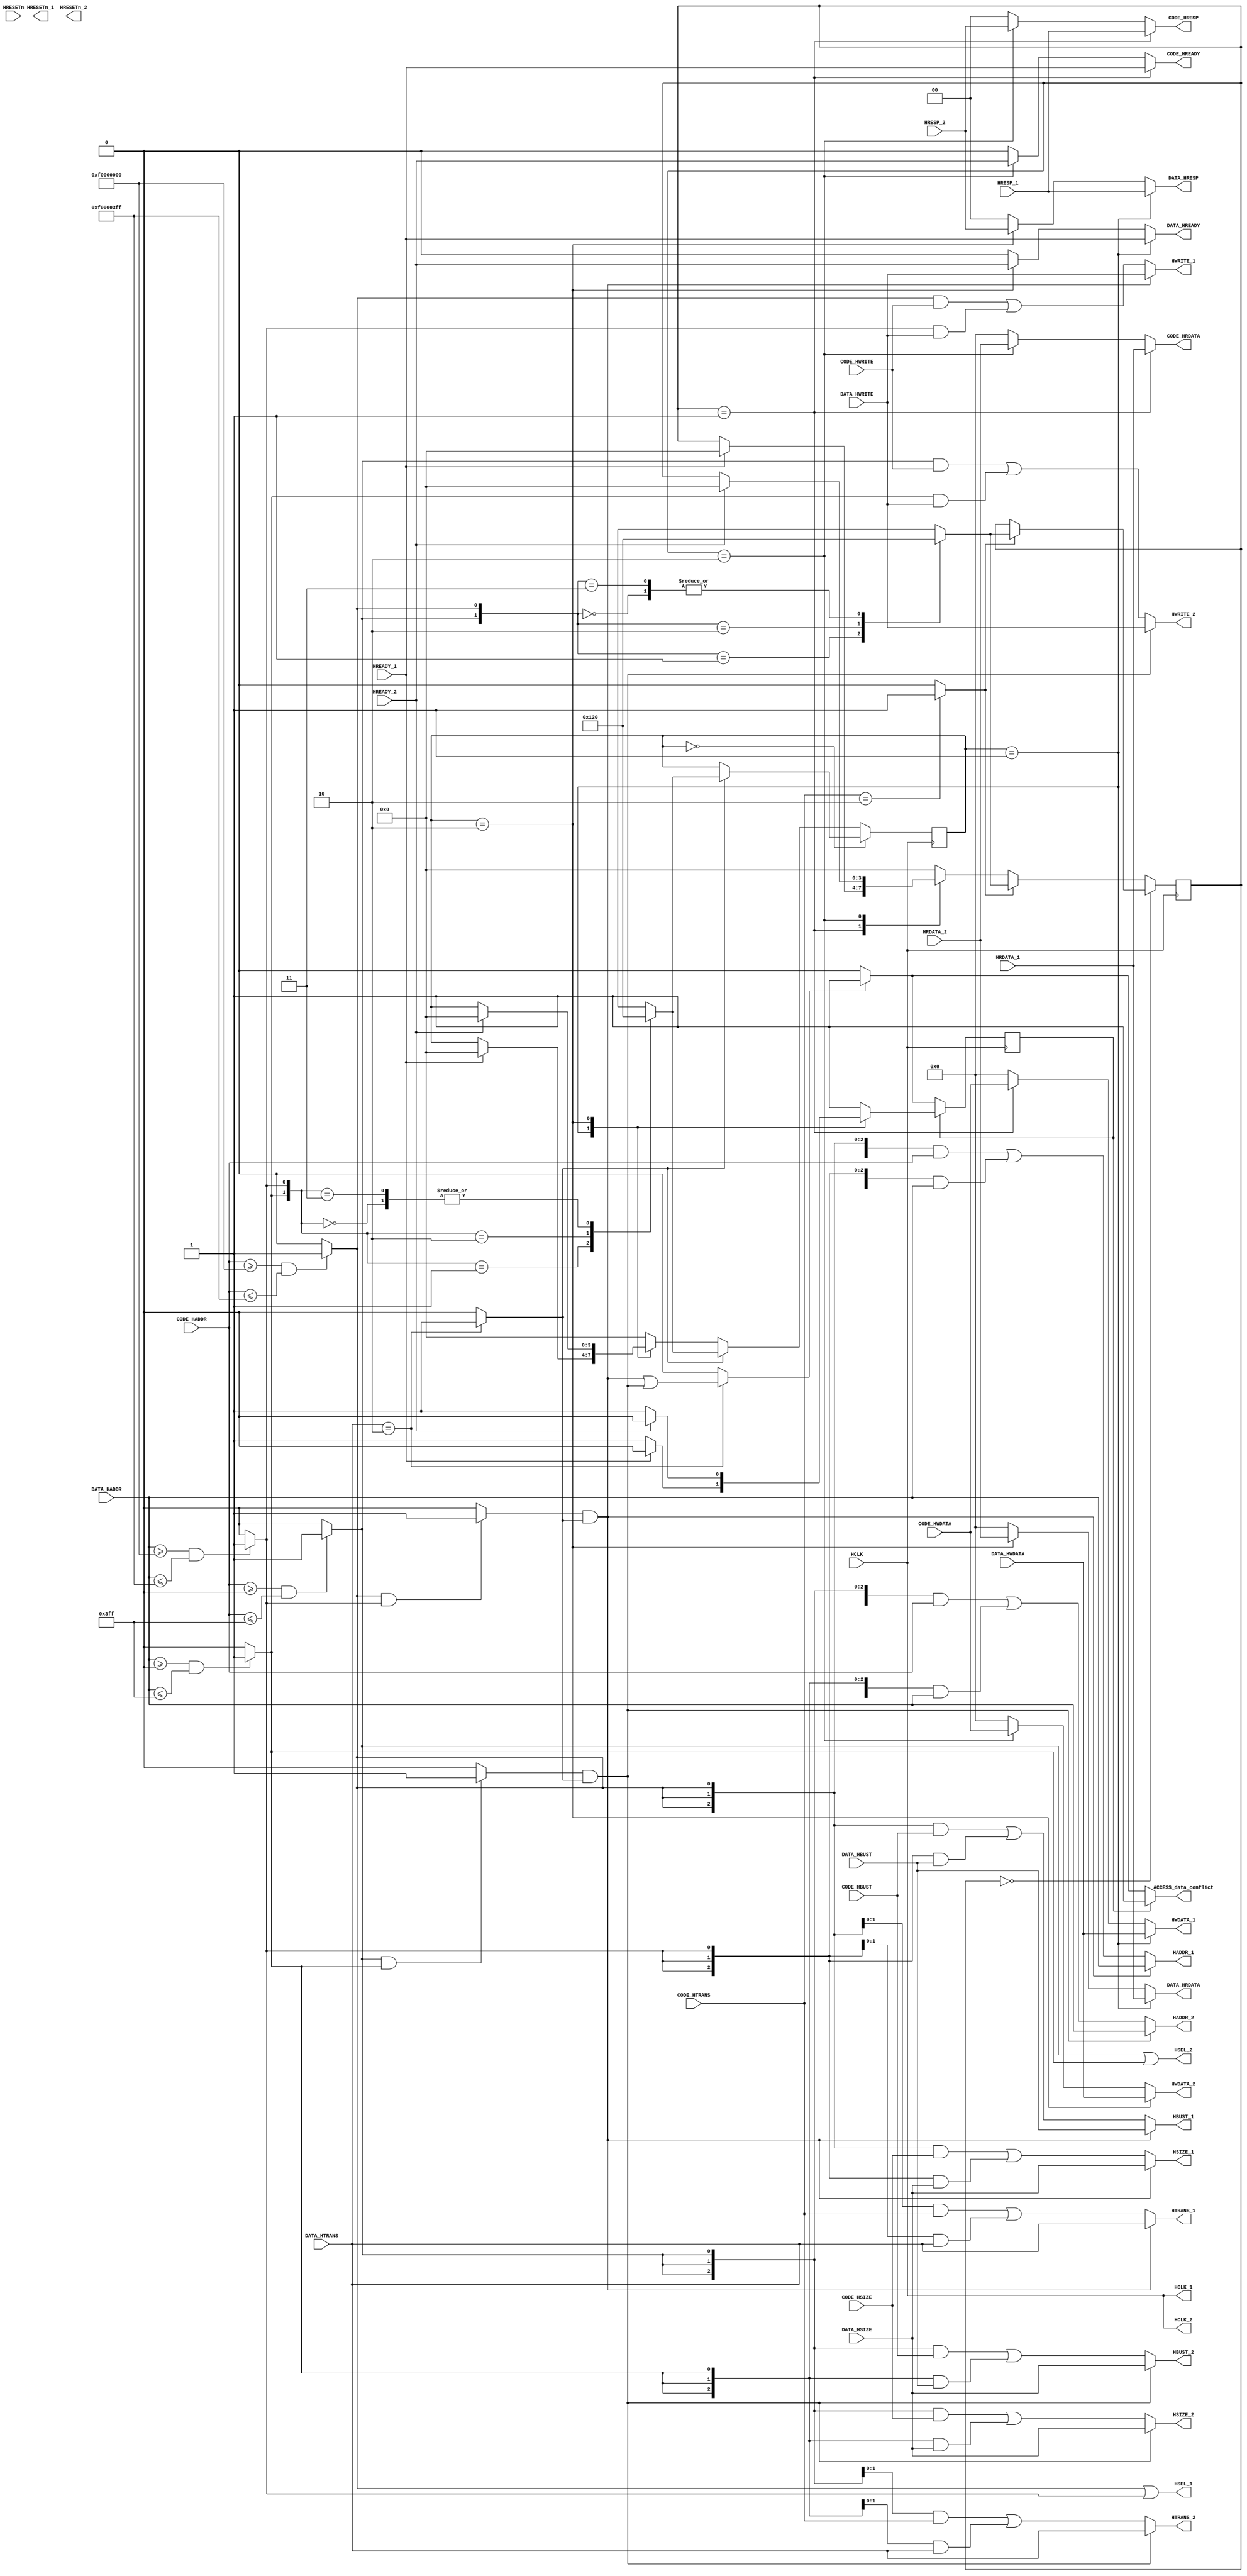
`define AHB_RAM_START 	32'hf0000000
`define AHB_RAM_SIZE		32'h00000400

`define AHB_ROM_START	32'h00000000
`define AHB_ROM_SIZE		32'h00000400



module AHB_ARB(

input HCLK,
input HRESETn,

input [31:0]DATA_HADDR,  //
input [1:0]DATA_HTRANS,  //
input [31:0]DATA_HWDATA, //
output [31:0]DATA_HRDATA,  //
input DATA_HWRITE,       //,
input [2:0]DATA_HSIZE,   //,3'b000 Byte,3'b001 HalfWord,3'b010 Word
input [2:0]DATA_HBUST,   //bust3'b000
output [1:0]DATA_HRESP,    //
output DATA_HREADY,        //


input [31:0]CODE_HADDR,  //
input [1:0]CODE_HTRANS,  //
input [31:0]CODE_HWDATA, //
output [31:0]CODE_HRDATA,  //
input CODE_HWRITE,       //,
input [2:0]CODE_HSIZE,   //,3'b000 Byte,3'b001 HalfWord,3'b010 Word
input [2:0]CODE_HBUST,   //bust3'b000
output [1:0]CODE_HRESP,    //
output CODE_HREADY,        //

output reg ACCESS_data_conflict,

//slave
	output HCLK_1,
	output HRESETn_1,
	output HSEL_1,
	output [31:0]HADDR_1,  //
	output [1:0]HTRANS_1,  //
	output [31:0]HWDATA_1, //
	input [31:0]HRDATA_1,  //
	output HWRITE_1,       //,
	output [2:0]HSIZE_1,   //,3'b000 Byte,3'b001 HalfWord,3'b010 Word
	output [2:0]HBUST_1,   //bust3'b000
	input [1:0]HRESP_1,    //
	input HREADY_1,        //

	output HCLK_2,
	output HRESETn_2,
	output HSEL_2,
	output [31:0]HADDR_2,  //
	output [1:0]HTRANS_2,  //
	output [31:0]HWDATA_2, //
	input [31:0]HRDATA_2,  //
	output HWRITE_2,       //,
	output [2:0]HSIZE_2,   //,3'b000 Byte,3'b001 HalfWord,3'b010 Word
	output [2:0]HBUST_2,   //bust3'b000
	input [1:0]HRESP_2,    //
	input HREADY_2        //
);

//
localparam DEVICE_1_START = `AHB_RAM_START;
localparam DEVICE_1_END = `AHB_RAM_START+`AHB_RAM_SIZE-1;

localparam DEVICE_2_START = `AHB_ROM_START;
localparam DEVICE_2_END = `AHB_ROM_START+`AHB_ROM_SIZE-1;

//
wire CODE_ACCESS_DEVICE_1;
wire CODE_ACCESS_DEVICE_2;

wire DATA_ACCESS_DEVICE_1;
wire DATA_ACCESS_DEVICE_2;

assign CODE_ACCESS_DEVICE_1 = ((CODE_HADDR >= DEVICE_1_START)&&(CODE_HADDR <= DEVICE_1_END))?1'b1:1'b0;
assign CODE_ACCESS_DEVICE_2 = ((CODE_HADDR >= DEVICE_2_START)&&(CODE_HADDR <= DEVICE_2_END))?1'b1:1'b0;

assign DATA_ACCESS_DEVICE_1 = ((DATA_HADDR >= DEVICE_1_START)&&(DATA_HADDR <= DEVICE_1_END))?1'b1:1'b0;
assign DATA_ACCESS_DEVICE_2 = ((DATA_HADDR >= DEVICE_2_START)&&(DATA_HADDR <= DEVICE_2_END))?1'b1:1'b0;

assign HCLK_1 = HCLK;
assign HCLK_2 = HCLK;
//assign HRESETn_1 = HRESETn;
//assign HRESETn_2 = HRESETn;

assign HSEL_1 = 	CODE_ACCESS_DEVICE_1|DATA_ACCESS_DEVICE_1;
assign HSEL_2 = 	CODE_ACCESS_DEVICE_2|DATA_ACCESS_DEVICE_2;

//
wire DATA_FIRST_DEVICE_1;
wire DATA_FIRST_DEVICE_2;

wire CODE_ACCESS;
wire DATA_ACCESS;

wire data_conflict;
reg data_conflict_buf;

//
reg [3:0]DATA_ACCESS_DEVICE_buf;
reg [3:0]CODE_ACCESS_DEVICE_buf;


assign DATA_FIRST_DEVICE_1 = (((CODE_ACCESS_DEVICE_1 == 1'b1)&&(DATA_ACCESS_DEVICE_1 == 1'b1))?1'b1:1'b0)&DATA_ACCESS;
assign DATA_FIRST_DEVICE_2 = (((CODE_ACCESS_DEVICE_2 == 1'b1)&&(DATA_ACCESS_DEVICE_2 == 1'b1))?1'b1:1'b0)&DATA_ACCESS;
assign data_conflict = (DATA_HTRANS == 2'b10)?(DATA_FIRST_DEVICE_1|DATA_FIRST_DEVICE_2):1'b0;


//

assign CODE_ACCESS = (CODE_HTRANS == 2'b10)?1'b1:1'b0;
assign DATA_ACCESS = (DATA_HTRANS == 2'b10)?1'b1:1'b0;


//always@(*)begin
//if(data_conflict_buf == 1'b1)begin
//	case(DATA_ACCESS_DEVICE_buf)
//		4'd0:ACCESS_data_conflict = 4'd1;
//		4'd1: if(HREADY_1 == 1'b1) ACCESS_data_conflict = 4'd0;
//		4'd2: if(HREADY_2 == 1'b1) ACCESS_data_conflict = 4'd0;
//		4'd3:ACCESS_data_conflict = 4'd1;
//		default:ACCESS_data_conflict = 4'd1;
//	endcase
//end
//else begin
//	if(data_conflict == 1'b1)begin
//		ACCESS_data_conflict = 1'b1;
//	end
//	else begin
//		ACCESS_data_conflict = 1'b0;
//	end
//end
//end

always@(*)begin
if(data_conflict_buf == 1'b1)begin
	ACCESS_data_conflict = data_conflict_buf;
end
else begin
	if(data_conflict == 1'b1)begin
		ACCESS_data_conflict = 1'b1;
	end
	else begin
		ACCESS_data_conflict = 1'b0;
	end
end
end

always@(posedge HCLK)begin
if(data_conflict_buf == 1'b1)begin
	case(DATA_ACCESS_DEVICE_buf)
		4'd0:data_conflict_buf <= 4'd1;
		4'd1: if(HREADY_1 == 1'b1) data_conflict_buf <= 4'd0;
		4'd2: if(HREADY_2 == 1'b1) data_conflict_buf <= 4'd0;
		4'd3:data_conflict_buf <= 4'd1;
		default:data_conflict_buf <= 4'd1;
	endcase
end
else begin
	if(data_conflict == 1'b1)begin
		data_conflict_buf <= 4'd1;
	end
end
end

wire [1:0]DATA_ACCESS_REQ;
assign DATA_ACCESS_REQ = {DATA_ACCESS_DEVICE_2,DATA_ACCESS_DEVICE_1};

wire [1:0]CODE_ACCESS_REQ;
assign CODE_ACCESS_REQ = {CODE_ACCESS_DEVICE_2,CODE_ACCESS_DEVICE_1};


always@(posedge HCLK)begin
if(DATA_ACCESS_DEVICE_buf == 4'd0)begin
	if(DATA_ACCESS == 1'b1)begin
		case(DATA_ACCESS_REQ)
			2'b00:DATA_ACCESS_DEVICE_buf <= 4'd0;
			2'b01:DATA_ACCESS_DEVICE_buf <= 4'd1;
			2'b10:DATA_ACCESS_DEVICE_buf <= 4'd2;
			2'b11:DATA_ACCESS_DEVICE_buf <= 4'd0;
			default:DATA_ACCESS_DEVICE_buf <= 4'd0;
		endcase
	end
end
else begin
	if(DATA_ACCESS == 1'b1)begin
		case(DATA_ACCESS_REQ)
			2'b00:DATA_ACCESS_DEVICE_buf <= 4'd0;
			2'b01:DATA_ACCESS_DEVICE_buf <= 4'd1;
			2'b10:DATA_ACCESS_DEVICE_buf <= 4'd2;
			2'b11:DATA_ACCESS_DEVICE_buf <= 4'd0;
			default:DATA_ACCESS_DEVICE_buf <= 4'd0;
		endcase
	end 
	else begin
		case(DATA_ACCESS_DEVICE_buf)
			4'd0:DATA_ACCESS_DEVICE_buf <= 4'd0;
			4'd1: if(HREADY_1 == 1'b1) DATA_ACCESS_DEVICE_buf <= 4'd0;
			4'd2: if(HREADY_2 == 1'b1) DATA_ACCESS_DEVICE_buf <= 4'd0;
			4'd3:DATA_ACCESS_DEVICE_buf <= 4'd0;
			default:DATA_ACCESS_DEVICE_buf <= 4'd0;
		endcase
	end
end
end

always@(posedge HCLK)begin
if(CODE_ACCESS_DEVICE_buf == 4'd0)begin
	if(CODE_ACCESS == 1'b1)begin
		case(CODE_ACCESS_REQ)
			2'b00:CODE_ACCESS_DEVICE_buf <= 4'd0;
			2'b01:CODE_ACCESS_DEVICE_buf <= 4'd1;
			2'b10:CODE_ACCESS_DEVICE_buf <= 4'd2;
			2'b11:CODE_ACCESS_DEVICE_buf <= 4'd0;
			default:CODE_ACCESS_DEVICE_buf <= 4'd0;
		endcase
	end
end
else begin
	if(CODE_ACCESS == 1'b1)begin
		case(CODE_ACCESS_REQ)
			2'b00:CODE_ACCESS_DEVICE_buf <= 4'd0;
			2'b01:CODE_ACCESS_DEVICE_buf <= 4'd1;
			2'b10:CODE_ACCESS_DEVICE_buf <= 4'd2;
			2'b11:CODE_ACCESS_DEVICE_buf <= 4'd0;
			default:CODE_ACCESS_DEVICE_buf <= 4'd0;
		endcase
	end 
	else begin
		case(CODE_ACCESS_DEVICE_buf)
			4'd0:CODE_ACCESS_DEVICE_buf <= 4'd0;
			4'd1: if(HREADY_1 == 1'b1) CODE_ACCESS_DEVICE_buf <= 4'd0;
			4'd2: if(HREADY_2 == 1'b1) CODE_ACCESS_DEVICE_buf <= 4'd0;
			4'd3:CODE_ACCESS_DEVICE_buf <= 4'd0;
			default:CODE_ACCESS_DEVICE_buf <= 4'd0;
		endcase
	end
end
end


assign HADDR_1 = (DATA_FIRST_DEVICE_1 == 1'b1)?DATA_HADDR:(
						({32{CODE_ACCESS_DEVICE_1}}&CODE_HADDR)|
						({32{DATA_ACCESS_DEVICE_1}}&DATA_HADDR));
						
assign HADDR_2 = (DATA_FIRST_DEVICE_2 == 1'b1)?DATA_HADDR:(
						({32{CODE_ACCESS_DEVICE_2}}&CODE_HADDR)|
						({32{DATA_ACCESS_DEVICE_2}}&DATA_HADDR));

assign HTRANS_1 = (DATA_FIRST_DEVICE_1 == 1'b1)?DATA_HTRANS:(
						({2{CODE_ACCESS_DEVICE_1}}&CODE_HTRANS)|
						({2{DATA_ACCESS_DEVICE_1}}&DATA_HTRANS));	
						
assign HTRANS_2 = (DATA_FIRST_DEVICE_2 == 1'b1)?DATA_HTRANS:(
						({2{CODE_ACCESS_DEVICE_2}}&CODE_HTRANS)|
						({2{DATA_ACCESS_DEVICE_2}}&DATA_HTRANS));
	

assign HWDATA_1 = (DATA_ACCESS_DEVICE_buf == 4'd1)?DATA_HWDATA:
						(CODE_ACCESS_DEVICE_buf == 4'd1)?CODE_HWDATA:
						32'h00000000;
assign HWDATA_2 = (DATA_ACCESS_DEVICE_buf == 4'd2)?DATA_HWDATA:
						(CODE_ACCESS_DEVICE_buf == 4'd2)?CODE_HWDATA:
						32'h00000000;
	
assign DATA_HRDATA = (DATA_ACCESS_DEVICE_buf == 4'd1)?HRDATA_1:
							(DATA_ACCESS_DEVICE_buf == 4'd2)?HRDATA_2:
							32'h00000000;
							
assign CODE_HRDATA = (CODE_ACCESS_DEVICE_buf == 4'd1)?HRDATA_1:
							(CODE_ACCESS_DEVICE_buf == 4'd2)?HRDATA_2:
							32'h00000000;
assign HWRITE_1 = (DATA_FIRST_DEVICE_1 == 1'b1)?DATA_HWRITE:(
						(CODE_ACCESS_DEVICE_1&CODE_HWRITE)|
						(DATA_ACCESS_DEVICE_1&DATA_HWRITE));
assign HWRITE_2 = (DATA_FIRST_DEVICE_2 == 1'b1)?DATA_HWRITE:(
						(CODE_ACCESS_DEVICE_2&CODE_HWRITE)|
						(DATA_ACCESS_DEVICE_2&DATA_HWRITE));

assign HSIZE_1 = 	(DATA_FIRST_DEVICE_1 == 1'b1)?DATA_HSIZE:(
						({3{CODE_ACCESS_DEVICE_1}}&CODE_HSIZE)|
						({3{DATA_ACCESS_DEVICE_1}}&DATA_HSIZE));	
						
assign HSIZE_2 = 	(DATA_FIRST_DEVICE_2 == 1'b1)?DATA_HSIZE:(
						({3{CODE_ACCESS_DEVICE_2}}&CODE_HSIZE)|
						({3{DATA_ACCESS_DEVICE_2}}&DATA_HSIZE));
	
assign HBUST_1 = 	(DATA_FIRST_DEVICE_1 == 1'b1)?DATA_HBUST:(
						({3{CODE_ACCESS_DEVICE_1}}&CODE_HBUST)|
						({3{DATA_ACCESS_DEVICE_1}}&DATA_HBUST));	
						
assign HBUST_2 = 	(DATA_FIRST_DEVICE_2 == 1'b1)?DATA_HSIZE:(
						({3{CODE_ACCESS_DEVICE_2}}&CODE_HBUST)|
						({3{DATA_ACCESS_DEVICE_2}}&DATA_HBUST));
						

assign DATA_HRESP = 	(DATA_ACCESS_DEVICE_buf == 4'd1)?HRESP_1:
							(DATA_ACCESS_DEVICE_buf == 4'd2)?HRESP_2:
							3'b000;
							
assign CODE_HRESP = 	(CODE_ACCESS_DEVICE_buf == 4'd1)?HRESP_1:
							(CODE_ACCESS_DEVICE_buf == 4'd2)?HRESP_2:
							3'b000;						
						
assign DATA_HREADY = (DATA_ACCESS_DEVICE_buf == 4'd1)?HREADY_1:
							(DATA_ACCESS_DEVICE_buf == 4'd2)?HREADY_2:
							1'b0;
							
assign CODE_HREADY = (CODE_ACCESS_DEVICE_buf == 4'd1)?HREADY_1:
							(CODE_ACCESS_DEVICE_buf == 4'd2)?HREADY_2:
							1'b0;					


endmodule